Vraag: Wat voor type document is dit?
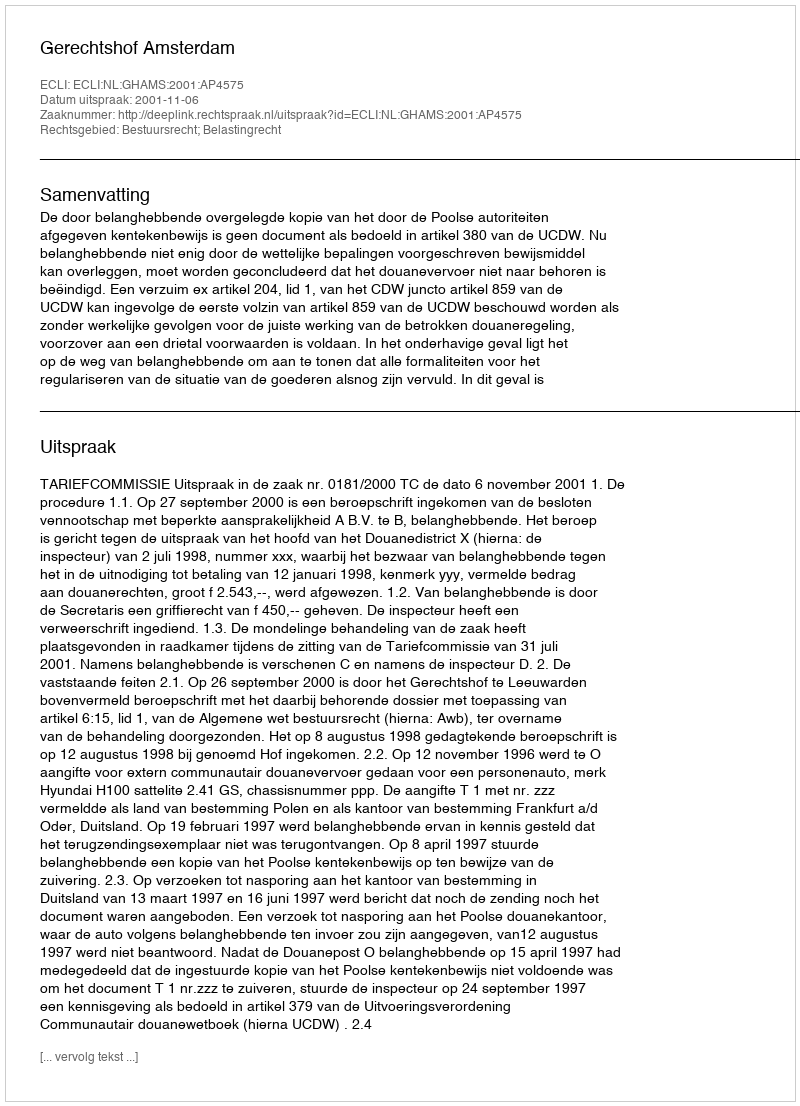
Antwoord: Uitspraak